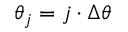
\theta _ { j } = j \cdot \Delta \theta